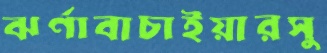
ঝর্ণাবাচাইয়ারসু